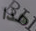
هذا